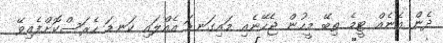
ދެން އެނެއް ޓީމެ ތިބޭ މީހުން ޖެހޭނެއި މައިގަނޑަ އެއްލައި ކަނޑަ ހެރަސްކޮށްފެއިވޭ